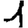
Digit: 1